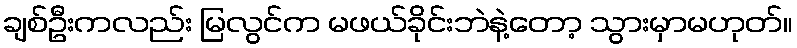
ချစ်ဦးကလည်း မြလွင်က မဖယ်ခိုင်းဘဲနဲ့တော့ သွားမှာမဟုတ်။